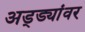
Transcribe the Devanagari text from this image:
अड्ड्यांवर